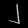
Digit: ၂